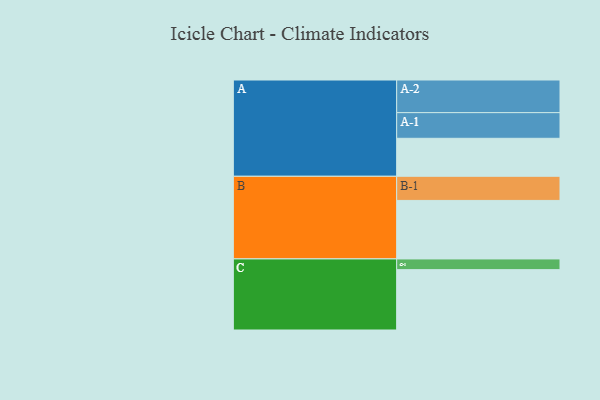
{"axis": {"x": "Segment", "y": "Value"}, "legend": ["", "A", "B", "C"], "data": [{"x": "A", "y": 348, "type": ""}, {"x": "B", "y": 536, "type": ""}, {"x": "C", "y": 553, "type": ""}, {"x": "A-1", "y": 235, "type": "A"}, {"x": "A-2", "y": 299, "type": "A"}, {"x": "B-1", "y": 221, "type": "B"}, {"x": "C-1", "y": 98, "type": "C"}]}